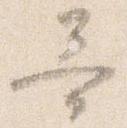
哥